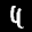
Label: 4